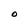
Character: O